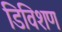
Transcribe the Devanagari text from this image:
डिविशण